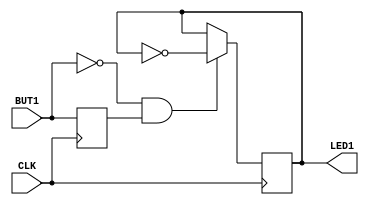
`timescale 1 ns / 1 ns
`default_nettype none
module led(input CLK, input BUT1, output LED1);
  reg button1_reg = 1'b0;
  reg led1_reg = 1'b0;
  // Always block with a sensitivity list containing a single item, the CLK
  // this block will be triggered for each raising edge (posedge =positive edge)
  always @(posedge CLK) begin
    // This following line creates a register to store the value of the button.
    // <= is the non-blocking assignment operator.
    button1_reg <= BUT1;
    // Now if the previous value of BUT1 was 1, but the current value is 0,
    // then we have a falling edge of the input switch (going from logic high
    // to low).
    if (BUT1 == 1'b0 && button1_reg == 1'b1)
      begin
       // Assign the inverse of the previous value which can be used to
       // toogle LED1 later.
       led1_reg <= ~led1_reg; 
      end
  end

  assign LED1 = led1_reg;
endmodule